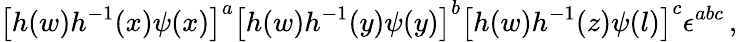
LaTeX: \left[h(w)h^{-1}(x)\psi(x)\right]^{a}\left[h(w)h^{-1}(y)\psi(y)\right]^{b}\left[h(w)h^{-1}(z)\psi(l)\right]^{c}\epsilon^{abc}\, ,